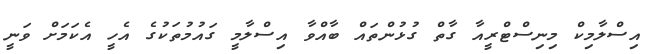
އިސްލާމިކް މިނިސްޓްރީއާ ގާތް ގުޅުންތައް ބާއްވާ އިސްލާމީ ގައުމުތަކުގެ އެހީ އެކަމަށް ވަނީ